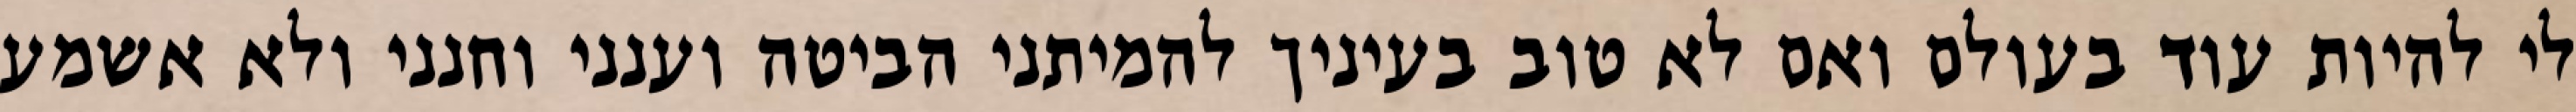
לי להיות עוד בעולם ואם לא טוב בעיניך להמיתני הביטה וענני וחנני ולא אשמע